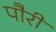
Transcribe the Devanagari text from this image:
पौरी